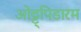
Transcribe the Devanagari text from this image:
ओट्ट्पिडारम